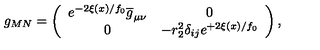
g _ { M N } = \left( \begin{array} { c c } { e ^ { - 2 \xi ( x ) / f _ { 0 } } \overline { { g } } _ { \mu \nu } } & { 0 } \\ { 0 } & { - r _ { 2 } ^ { 2 } \delta _ { i j } e ^ { + 2 \xi ( x ) / f _ { 0 } } } \\ \end{array} \right) ,